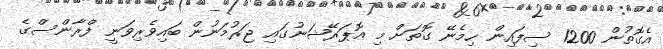
އެގޮތުން 1200 ސިފައިން ހިމެނޭ ގޮތަށް މި އޮޕަރޭޝަނުގައި ޖަރުމަނުން ބައިވެރިވަނީ ފްރާންސްގެ